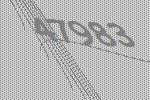
47983